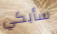
سأبكي